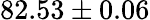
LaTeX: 82.53\pm 0.06